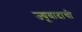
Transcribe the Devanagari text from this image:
ज्यूवादाची